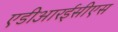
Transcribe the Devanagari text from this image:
एडीआरईसीएस